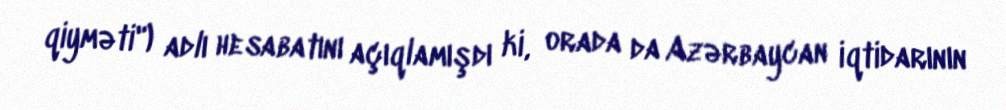
qiyməti") adlı hesabatını açıqlamışdı ki, orada da Azərbaycan iqtidarının